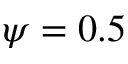
\psi = 0 . 5